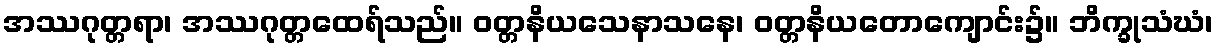
အဿဂုတ္တရာ၊ အဿဂုတ္တထေရ်သည်။ ဝတ္တနိယသေနာသနေ၊ ဝတ္တနိယတောကျောင်း၌။ ဘိက္ခုသံဃံ၊